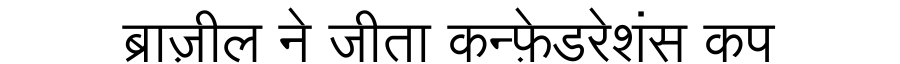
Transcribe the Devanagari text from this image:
ब्राज़ील ने जीता कन्फ़ेडरेशंस कप